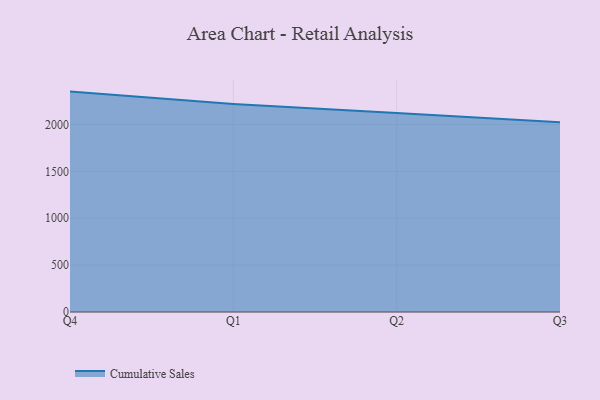
{"axis": {"x": "Quarter", "y": "Operating Costs (USD K)"}, "legend": ["Cumulative Sales"], "data": [{"x": "Q4", "y": 2350.9, "type": "Cumulative Sales"}, {"x": "Q1", "y": 2219.1, "type": "Cumulative Sales"}, {"x": "Q2", "y": 2123.6, "type": "Cumulative Sales"}, {"x": "Q3", "y": 2024.3, "type": "Cumulative Sales"}]}